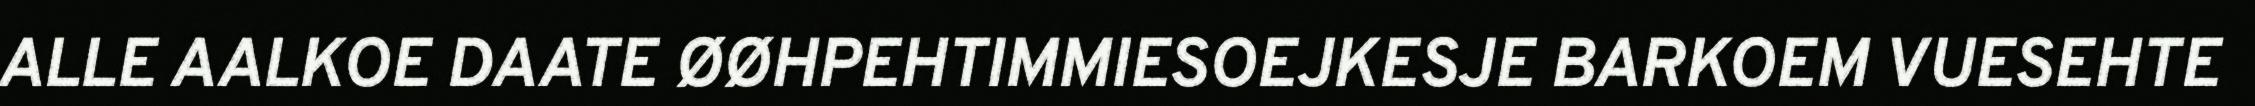
ALLE AALKOE DAATE ØØHPEHTIMMIESOEJKESJE BARKOEM VUESEHTE